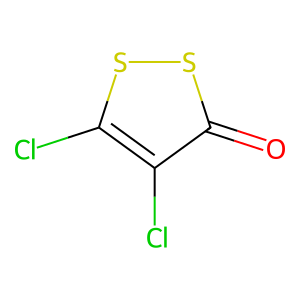
SMILES: O=c1ssc(Cl)c1Cl
Inhibits HIV replication: No